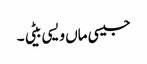
جیسی ماں ویسی بیٹی ۔